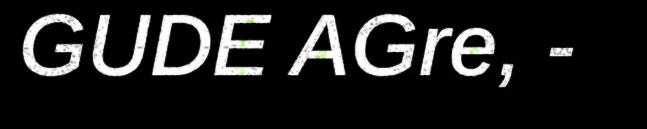
GUDE AGre, -